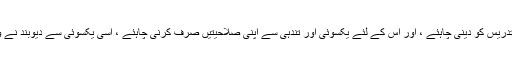
اس طرح حضرت حکیم الاسلام علیہ الرحمہ کا پیغام کہ اساتذہ اور طلبہ کو اولین ترجیح تعلیم و تدریس کو دینی چاہئے ، اور اس کے لئے یکسوئی اور تندہی سے اپنی صلاحیتیں صرف کرنی چاہئے ، اسی یکسوئی سے دیوبند نے وہ علماء ، فقہاء اور محدثین پیدا کئے تھے جن پر بجا طور پر مسلمانان ہند کو فخر حاصل ہے ۔